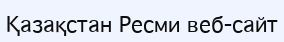
Қазақстан Ресми веб-сайт